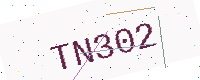
Text: TN302